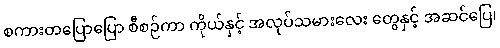
စကားတပြောပြော စီစဉ်ကာ ကိုယ်နှင့် အလုပ်သမားလေး တွေနှင့် အဆင်ပြေ၊